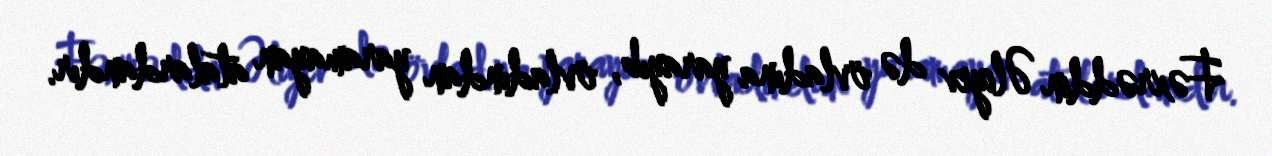
Fəxrəddin Əliyev də övladına yarayıb, övladından yaramayan atalardandır.